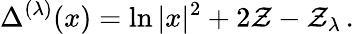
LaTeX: \Delta^{(\lambda)}(x)=\ln|x|^{2}+2\mathcal{Z}-\mathcal{Z}_{\lambda}\, .